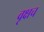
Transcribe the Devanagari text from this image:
वृक्षच